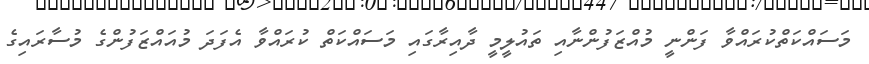
މަސައްކަތްކުރައްވާ ފަންނީ މުއްޒަފުންނާއި ތައުލީމީ ދާއިރާގައި މަސައްކަތް ކުރައްވާ އެފަދަ މުއައްޒަފުންގެ މުސާރައިގެ